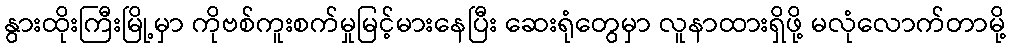
နွားထိုးကြီးမြို့မှာ ကိုဗစ်ကူးစက်မှုမြင့်မားနေပြီး ဆေးရုံတွေမှာ လူနာထားရှိဖို့ မလုံလောက်တာမို့